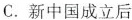
C.新中国成立后